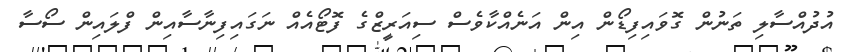
އުދުއްސާލި ތަނުން ގޮވައިފިޑޯން އިން އަނެއްކާވެސް ސިއަރީޒްގެ ފޮޓޯއެއް ނަގައިފިނާސާއިން ފްލައިން ސޯސާ